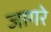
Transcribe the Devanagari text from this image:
जागरे